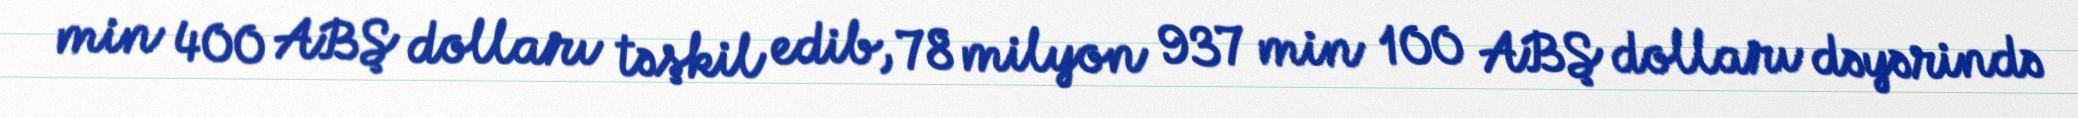
min 400 ABŞ dolları təşkil edib, 78 milyon 937 min 100 ABŞ dolları dəyərində